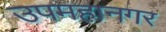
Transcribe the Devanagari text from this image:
उपमहानगर